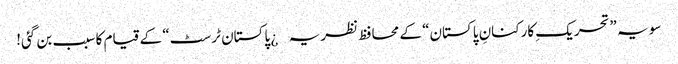
سو یہ ”تحریکِ کارکنانِ پاکستان“ کے محافظ نظریہ¿ پاکستان ٹرسٹ“ کے قیام کا سبب بن گئی!